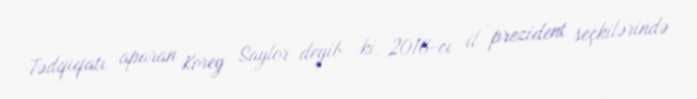
Tədqiqatı aparan Korey Saylor deyib ki, 2016-cı il prezident seçkilərində